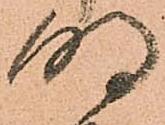
明